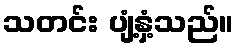
သတင်း ပျံ့နှံ့သည်။